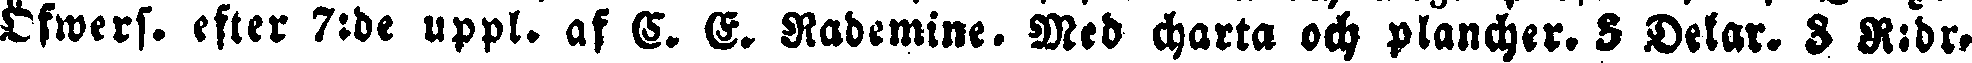
Öfwers. efter 7:de uppk. af C. E. Rademine. Med charta och plancher. 3 Delar. 3 R:dr.